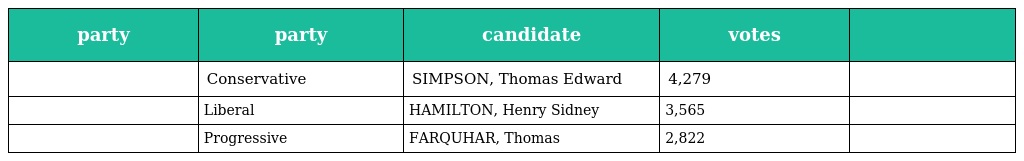
| party | party | candidate | votes |  |
 | --- | --- | --- | --- | --- |
 |  | Conservative | SIMPSON, Thomas Edward | 4,279 |  |
 |  | Liberal | HAMILTON, Henry Sidney | 3,565 |  |
 |  | Progressive | FARQUHAR, Thomas | 2,822 |  |